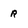
Character: r